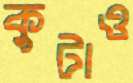
কুটাও